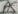
Text: A5